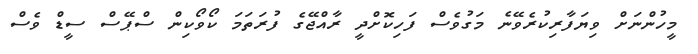
މީހުންނަށް ވިޔަފާރިކުރެވޭނެ މަގުވެސް ފަހިކޮށްދީ ރާއްޖޭގެ ފުރަތަމަ ކޯވޯކިން ސްޕޭސް ސީޑް ވެސް